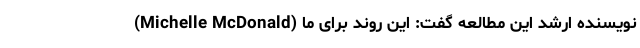
(Michelle McDonald) نویسنده ارشد این مطالعه گفت: این روند برای ما